Scottish Leaving Certificate Examination, 1961
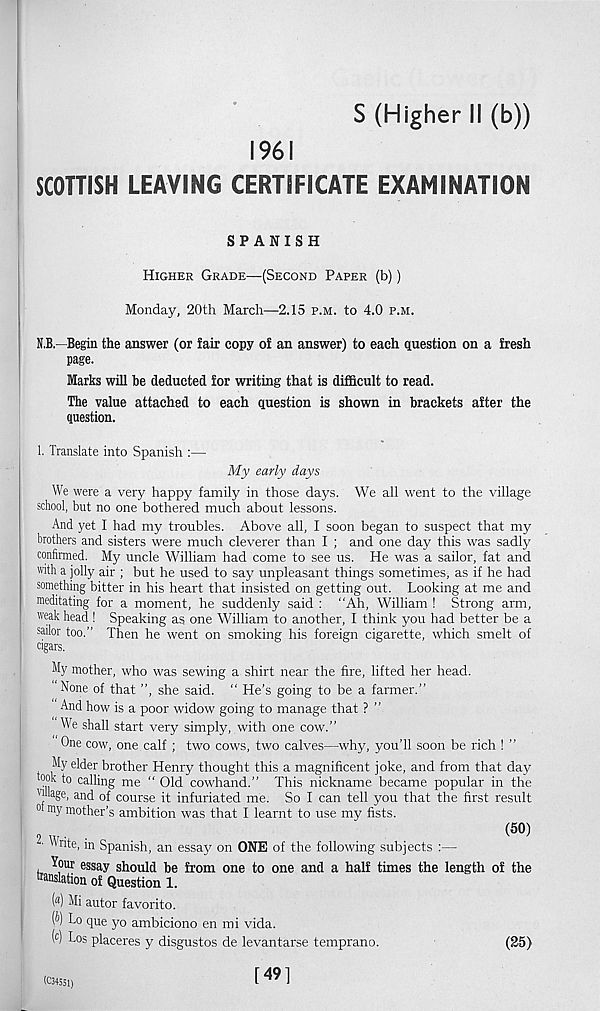
S (Higher II (b))
1961
SCOTTISH LEAVING CERTIFICATE EXAMINATION
SPANISH
Higher Grade—(Second Paper (b))
Monday, 20th March—2.15 p.m. to 4.0 p.m.
N.B.—Begin the answer (or fair copy of an answer) to each question on a fresh
page.
Marks will he deducted for writing that is difficult to read.
The value attached to each question is shown in brackets after the
question.
1. Translate into Spanish :—
My early days
We were a very happy family in those days. We all went to the village
school, but no one bothered much about lessons.
And yet I had my troubles. Above all, I soon began to suspect that my
brothers and sisters were much cleverer than I ; and one day this was sadly
confirmed. My uncle William had come to see us. He was a sailor, fat and
with a jolly air ; but he used to say unpleasant things sometimes, as if he had
something bitter in his heart that insisted on getting out. Looking at me and
meditating for a moment, he suddenly said : “Ah, William ! Strong arm,
weak head ! Speaking as one William to another, I think you had better be a
sailor too.” Then he went on smoking his foreign cigarette, which smelt of
cigars.
My mother, who was sewing a shirt near the fire, lifted her head.
None of that ”, she said. “ He’s going to be a farmer.”
And how is a poor widow going to manage that ? ”
We shall start very simply, with one cow.”
One cow, one calf ; two cows, two calves—why, you’ll soon be rich ! ”
My elder brother Henry thought this a magnificent joke, and from that day
wok to calling me “ Old cowhand.” This nickname became popular in the
v ! a 8 e ' an d of course it infuriated me. So I can tell you that the first result
0 my mother’s ambition was that I learnt to use my fists.
(5°)
■ Write, in Spanish, an essay on ONE of the following subjects :—
Your essay should be from one to one and a half times the length of the
anslatkm of Question 1.
( 8 ) Mi autor favorito.
W Lo que yo ambiciono en mi vida.
( c ) Los placeres y disgustos de levantarse temprano.
(25)
(034551)
[491